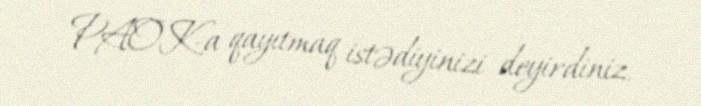
PAOK-a qayıtmaq istədiyinizi deyirdiniz.